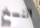
النسخ